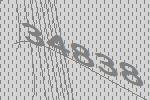
34838